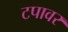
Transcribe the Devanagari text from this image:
टपावर